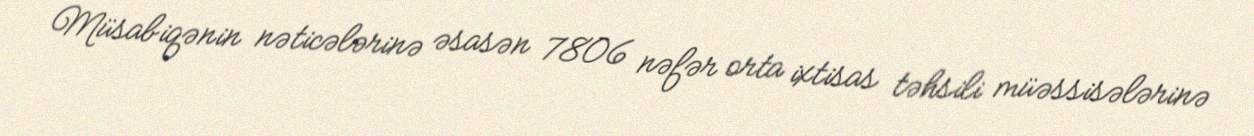
Müsabiqənin nəticələrinə əsasən 7806 nəfər orta ixtisas təhsili müəssisələrinə